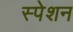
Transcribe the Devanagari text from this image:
स्पेशन